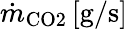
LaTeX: \dot{m}_{\mathrm{CO2}}\, \mathrm{[g/s]}